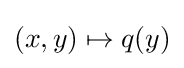
(x,y)\mapsto q(y)